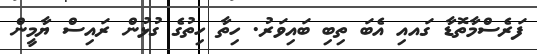
ފަރެސްމާތޮޑާ ގައއި އެބަ ތިބި ބައިވަރު. ހިތާ ހިތުގެ ގުޅުން ރައިސް ޔާމީން